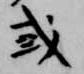
或